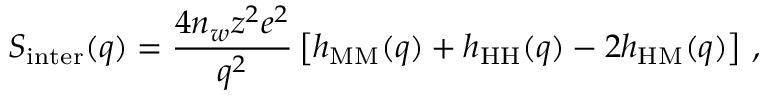
S _ { \mathrm { i n t e r } } ( q ) = \frac { 4 n _ { w } z ^ { 2 } e ^ { 2 } } { q ^ { 2 } } \left[ h _ { \mathrm { M M } } ( q ) + h _ { \mathrm { H H } } ( q ) - 2 h _ { \mathrm { H M } } ( q ) \right] \, ,